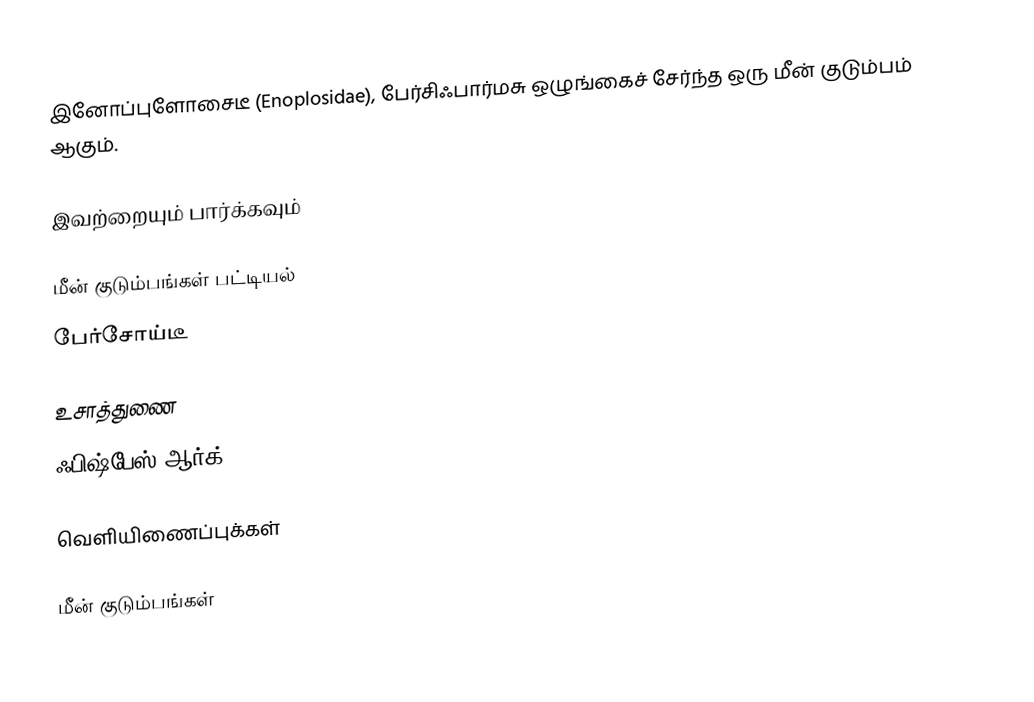
இனோப்புளோசைடீ (Enoplosidae), பேர்சிஃபார்மசு ஒழுங்கைச் சேர்ந்த ஒரு மீன் குடும்பம் ஆகும்.

இவற்றையும் பார்க்கவும்

 மீன் குடும்பங்கள் பட்டியல்
 பேர்சோய்டீ

உசாத்துணை
 ஃபிஷ்பேஸ்.ஆர்க்

வெளியிணைப்புக்கள்

மீன் குடும்பங்கள்